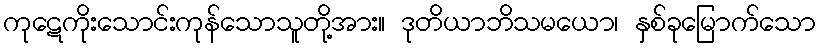
ကုဋေကိုးသောင်းကုန်သောသူတို့အား။ ဒုတိယာဘိသမယော၊ နှစ်ခုမြောက်သော